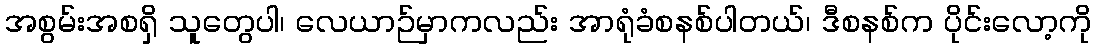
အစွမ်းအစရှိ သူတွေပါ၊ လေယာဉ်မှာကလည်း အာရုံခံစနစ်ပါတယ်၊ ဒီစနစ်က ပိုင်းလော့ကို